Vaccination in Burma 1920-1933 - 1920-1933
Year: 1920
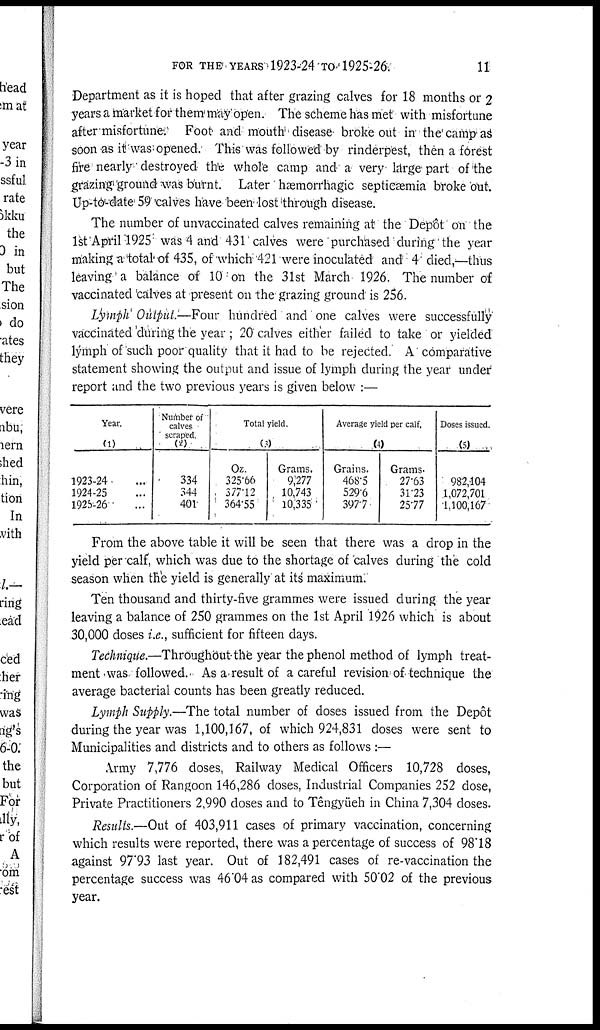
FOR THE YEARS 1923-24 TO 1925-26.
11
Department as it is hoped that after grazing calves for 18 months or 2
years a market for them may open. The scheme has met with misfortune
after misfortune. Foot and mouth disease broke out in the camp as
soon as it was opened. This was followed by rinderpest, then a forest
fire nearly destroyed the whole camp and a very large part of the
grazing ground was burnt. Later' haemorrhagic septicaemia broke out.
Up-to-date 59 calves have been lost through disease.
The number of unvaccinated calves remaining at the Depôt' on the
1st April 1925 was 4 and 431 calves were purchased during the year
making a total of 435, of which 421 were inoculated and 4 died,—thus
leaving a balance of 10 on the 31st March 1926. The number of
vaccinated calves at present on the grazing ground is 256.
Lymph Output.—Four hundred and one calves were successfully
vaccinated 'during the year ; 20 calves either failed to take or yielded
lymph of such poor quality that it had to be rejected. A comparative
statement showing the output and issue of lymph during the year under
report and the two previous years is given below :—
Year.
(1)
1923-24...
1924-25...
1925-26...
Number of
calves
scraped.
(2)
334
344
401
Total yield.
(3)
Oz.
325.66
377.12
364.55
Grams.
9,277
10,743
10,335
Average yield per calf.
(4)
Grains.
468.5
529.6
397.7
Grams.
27.63
31.23
25.77
Doses issued.
(5)
982,404
1,072,701
1,100,167
From the above table it will be seen that there was a drop in the
yield per calf, which was due to the shortage of calves during the cold
season when the yield is generally at its maximum.
Ten thousand and thirty-five grammes were issued during the year
leaving a balance of 250 grammes on the 1st April 1926 which is about
30,000 doses i.e., sufficient for fifteen days.
Technique.—Throughout the year the phenol method of lymph treat-
ment was followed. As a result of a careful revision1 of technique the
average bacterial counts has been greatly reduced.
Lymph Supply.—The total number of doses issued from the Depot
during the year was 1,100,167, of which 924,831 doses were sent to
Municipalities and districts and to others as follows :—
Army 7,776 doses, Railway Medical Officers 10,728 doses,
Corporation of Rangoon 146,286 doses, Industrial Companies 252 dose,
Private Practitioners 2,990 doses and to Têngyüeh in China 7,304 doses.
Results.—Out of 403,911 cases of primary vaccination, concerning
which results were reported, there was a percentage of success of 98.18
against 97.93 last year. Out of 182,491 cases of re-vaccination the
percentage success was 46.04 as compared with 50.02 of the previous
year.